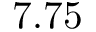
7 . 7 5